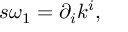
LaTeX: s \omega _ { 1 } = \partial _ { i } k ^ { i } ,